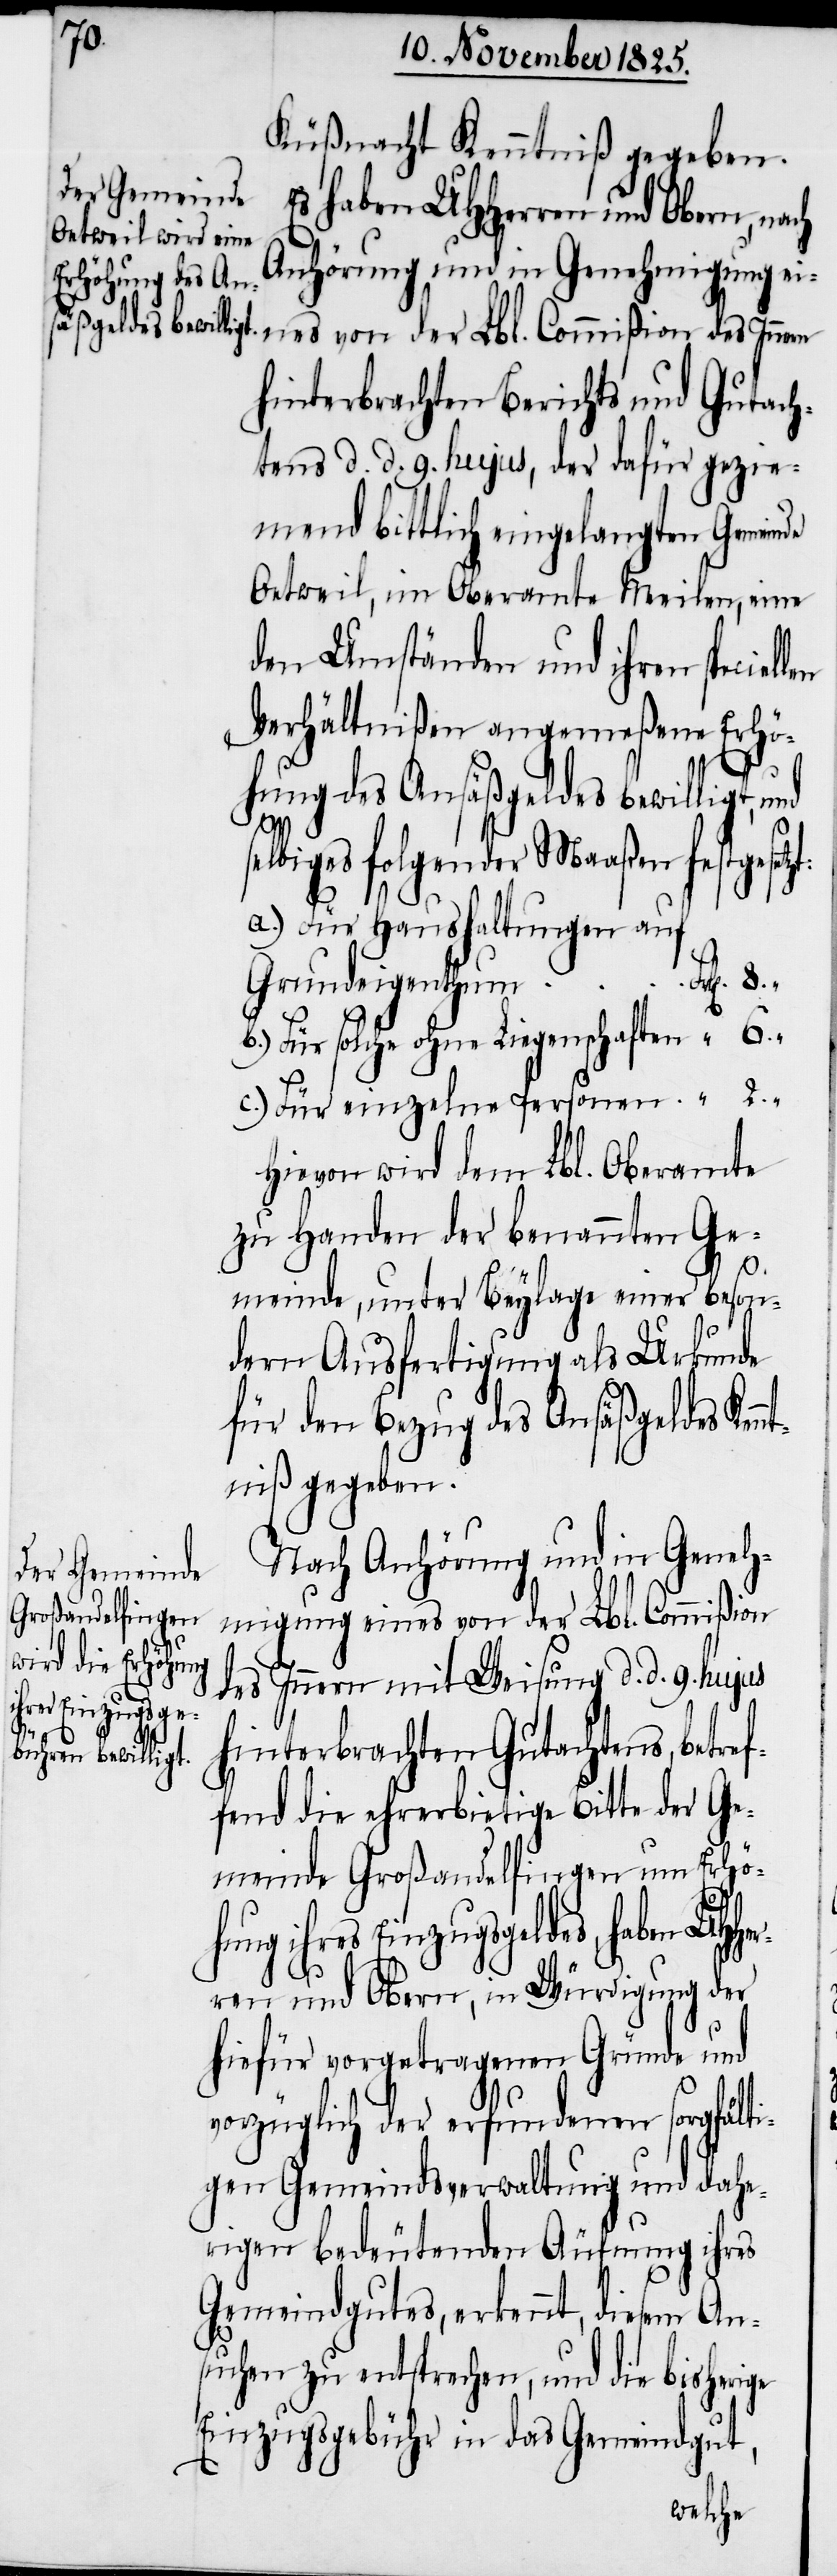
Küßnacht Kenntniß gegeben.
Es haben UHHerren und Obern, nach
Anhörung und in Genehmigung ei¬
nes von der Lbl. Commißion des Innern
hinterbrachten Berichts und Gutach¬
tens d. d. 9. hujus, der dafür gezie¬
mend bittlich eingelangten Gemeinde
Oetweil, im Oberamte Meilen, eine
den Umständen und ihren speciel¬
Verhältnißen angemeßene Erhö¬
hung des Ansäßgeldes bewilligt,
ref¬
lbiges folgender Maaßen festgeset¬
a.) Für Hauseigenthum auf
UHHer¬
b.) Für solche ohne Liegenschaften		“	6.
c.) Für einzelne Personen			“	2.
Hievon wird dem Lbl. Oberamte
zu Handen der benannten Ge¬
meinde, unter Beylage einer beson¬
dern Ausfertigung als Urkunde
für den Bezug des Ansäßgeldes Ken¬
ntniß gegeben.
Nach Anhörung und in Geneh¬
migung eines von der Lbl. Commißion
des Innern mit Weisung d. d. 9.
hinterbrachten Gutachtens, bet¬
fend die ehrerbietige Bitte der Ge¬
meinde Großandelfingen um Erhö¬
hung ihres Einzugsgeldes, haben
ren und Obern, in Würdigung der
hiefür vorgetragenen Gründe und
vorzüglich der erfundenen sorgfälti¬
gen Gemeindsverwaltung und dahe¬
rigen bedeutenden Äufnung ihres
Gemeindgutes, erkennt, diesem An¬
suchen zu entsprechen, und die bisherige
Einzugsgebühr in das Gemeindgut,